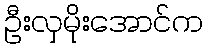
ဦးလှမိုးအောင်က